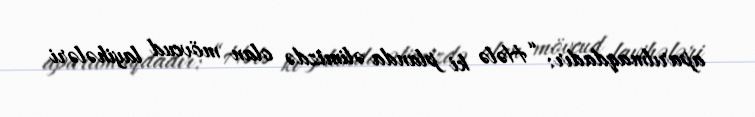
aparılmaqdadır: “Hələ ki planda əlimizdə olan mövcud layihələri